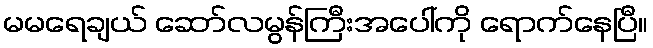
မမရေချယ် ဆော်လမွန်ကြီးအပေါ်ကို ရောက်နေပြီ။